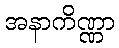
အနာကိဏ္ဏာ